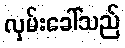
လှမ်းခေါ်သည်